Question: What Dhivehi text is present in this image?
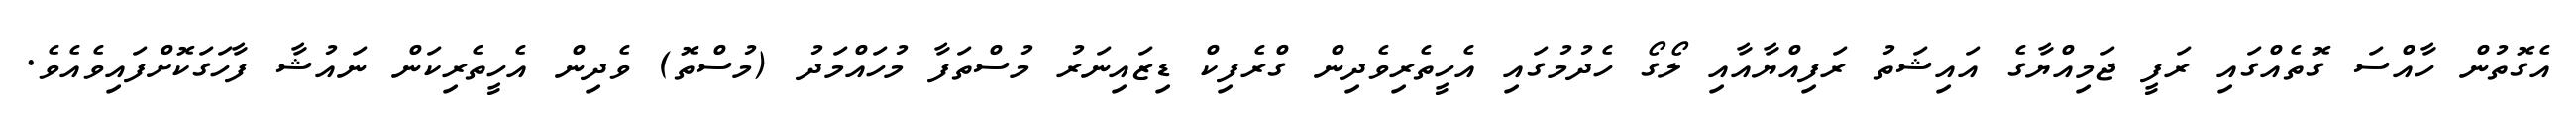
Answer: އެގޮތުން ހާއްސަ ގޮތެއްގައި ރަފީ ޖަމިއްޔާގެ އައިޝަތު ރަފިއްޔާއާއި ލޯގޯ ހެދުމުގައި އެހީތެރިވެދިން ގްރެފިކް ޑިޒައިނަރު މުސްތަފާ މުހައްމަދު (މުސްތޮ) ވެދިން އެހީތެރިކަން ނައުޝާ ފާހަގަކޮށްފައިވެއެވެ.